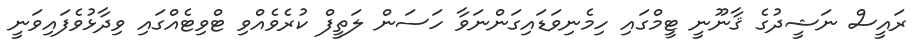
ރައީސް ނަޝީދުގެ ޤާނޫނީ ޓީމްގައި ހިމެނިވަޑައިގަންނަވާ ހަސަން ލަތީފް ކުރެވެއްވި ޓްވިޓެއްގައި ވިދާޅުވެފައިވަނީ